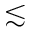
\lesssim